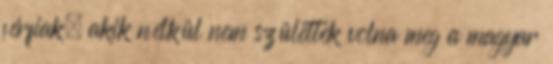
férfiak, akik nélkül nem születtek volna meg a magyar